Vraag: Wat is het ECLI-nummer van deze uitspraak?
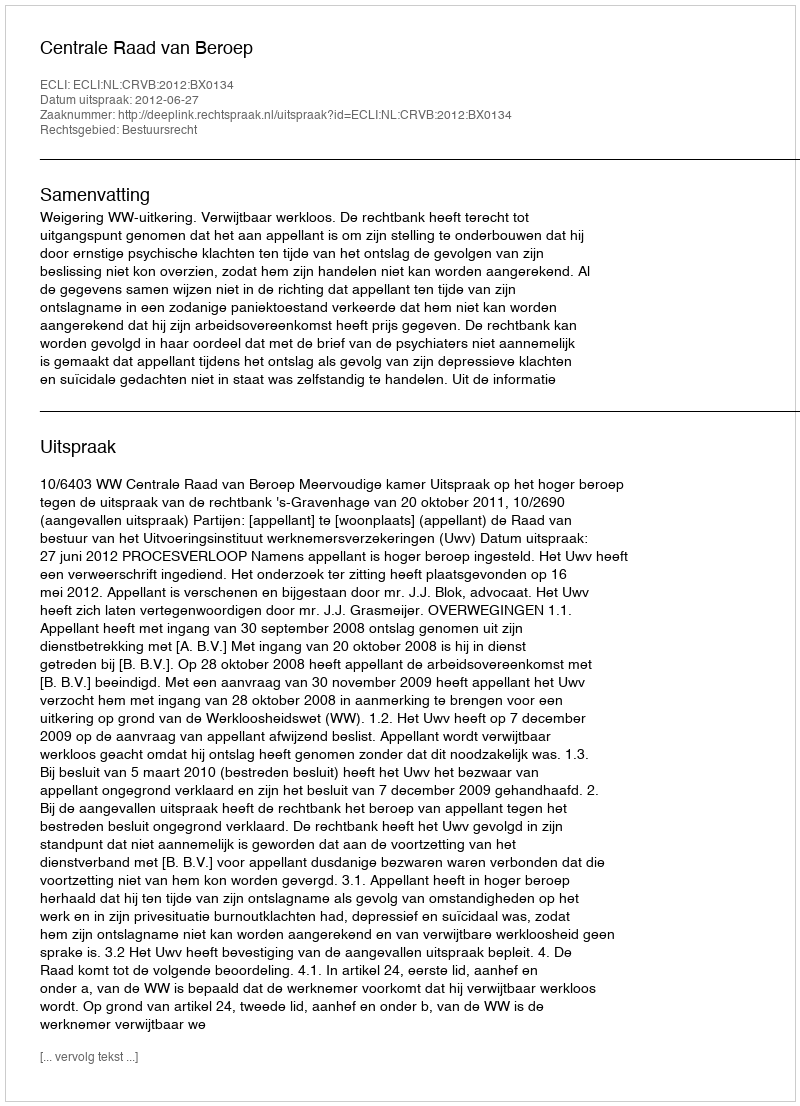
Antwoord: ECLI:NL:CRVB:2012:BX0134